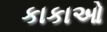
કાકાઓ